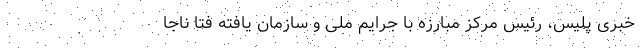
خبری پلیس، رئیس مرکز مبارزه با جرایم ملی و سازمان یافته فتا ناجا